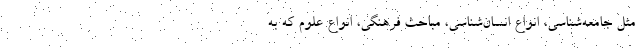
مثل جامعه‌شناسی، انواع انسان‌شناسی، مباحث فرهنگی، انواع علوم که به